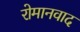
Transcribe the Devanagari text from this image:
रोमानवाद